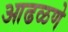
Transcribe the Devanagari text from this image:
आढळणे